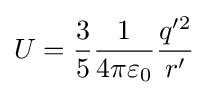
U={\frac {3}{5}}{\frac {1}{4\pi \varepsilon _{0}}}{\frac {q'^{2}}{r'}}